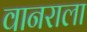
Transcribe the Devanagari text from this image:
वानराला